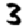
Digit: 3